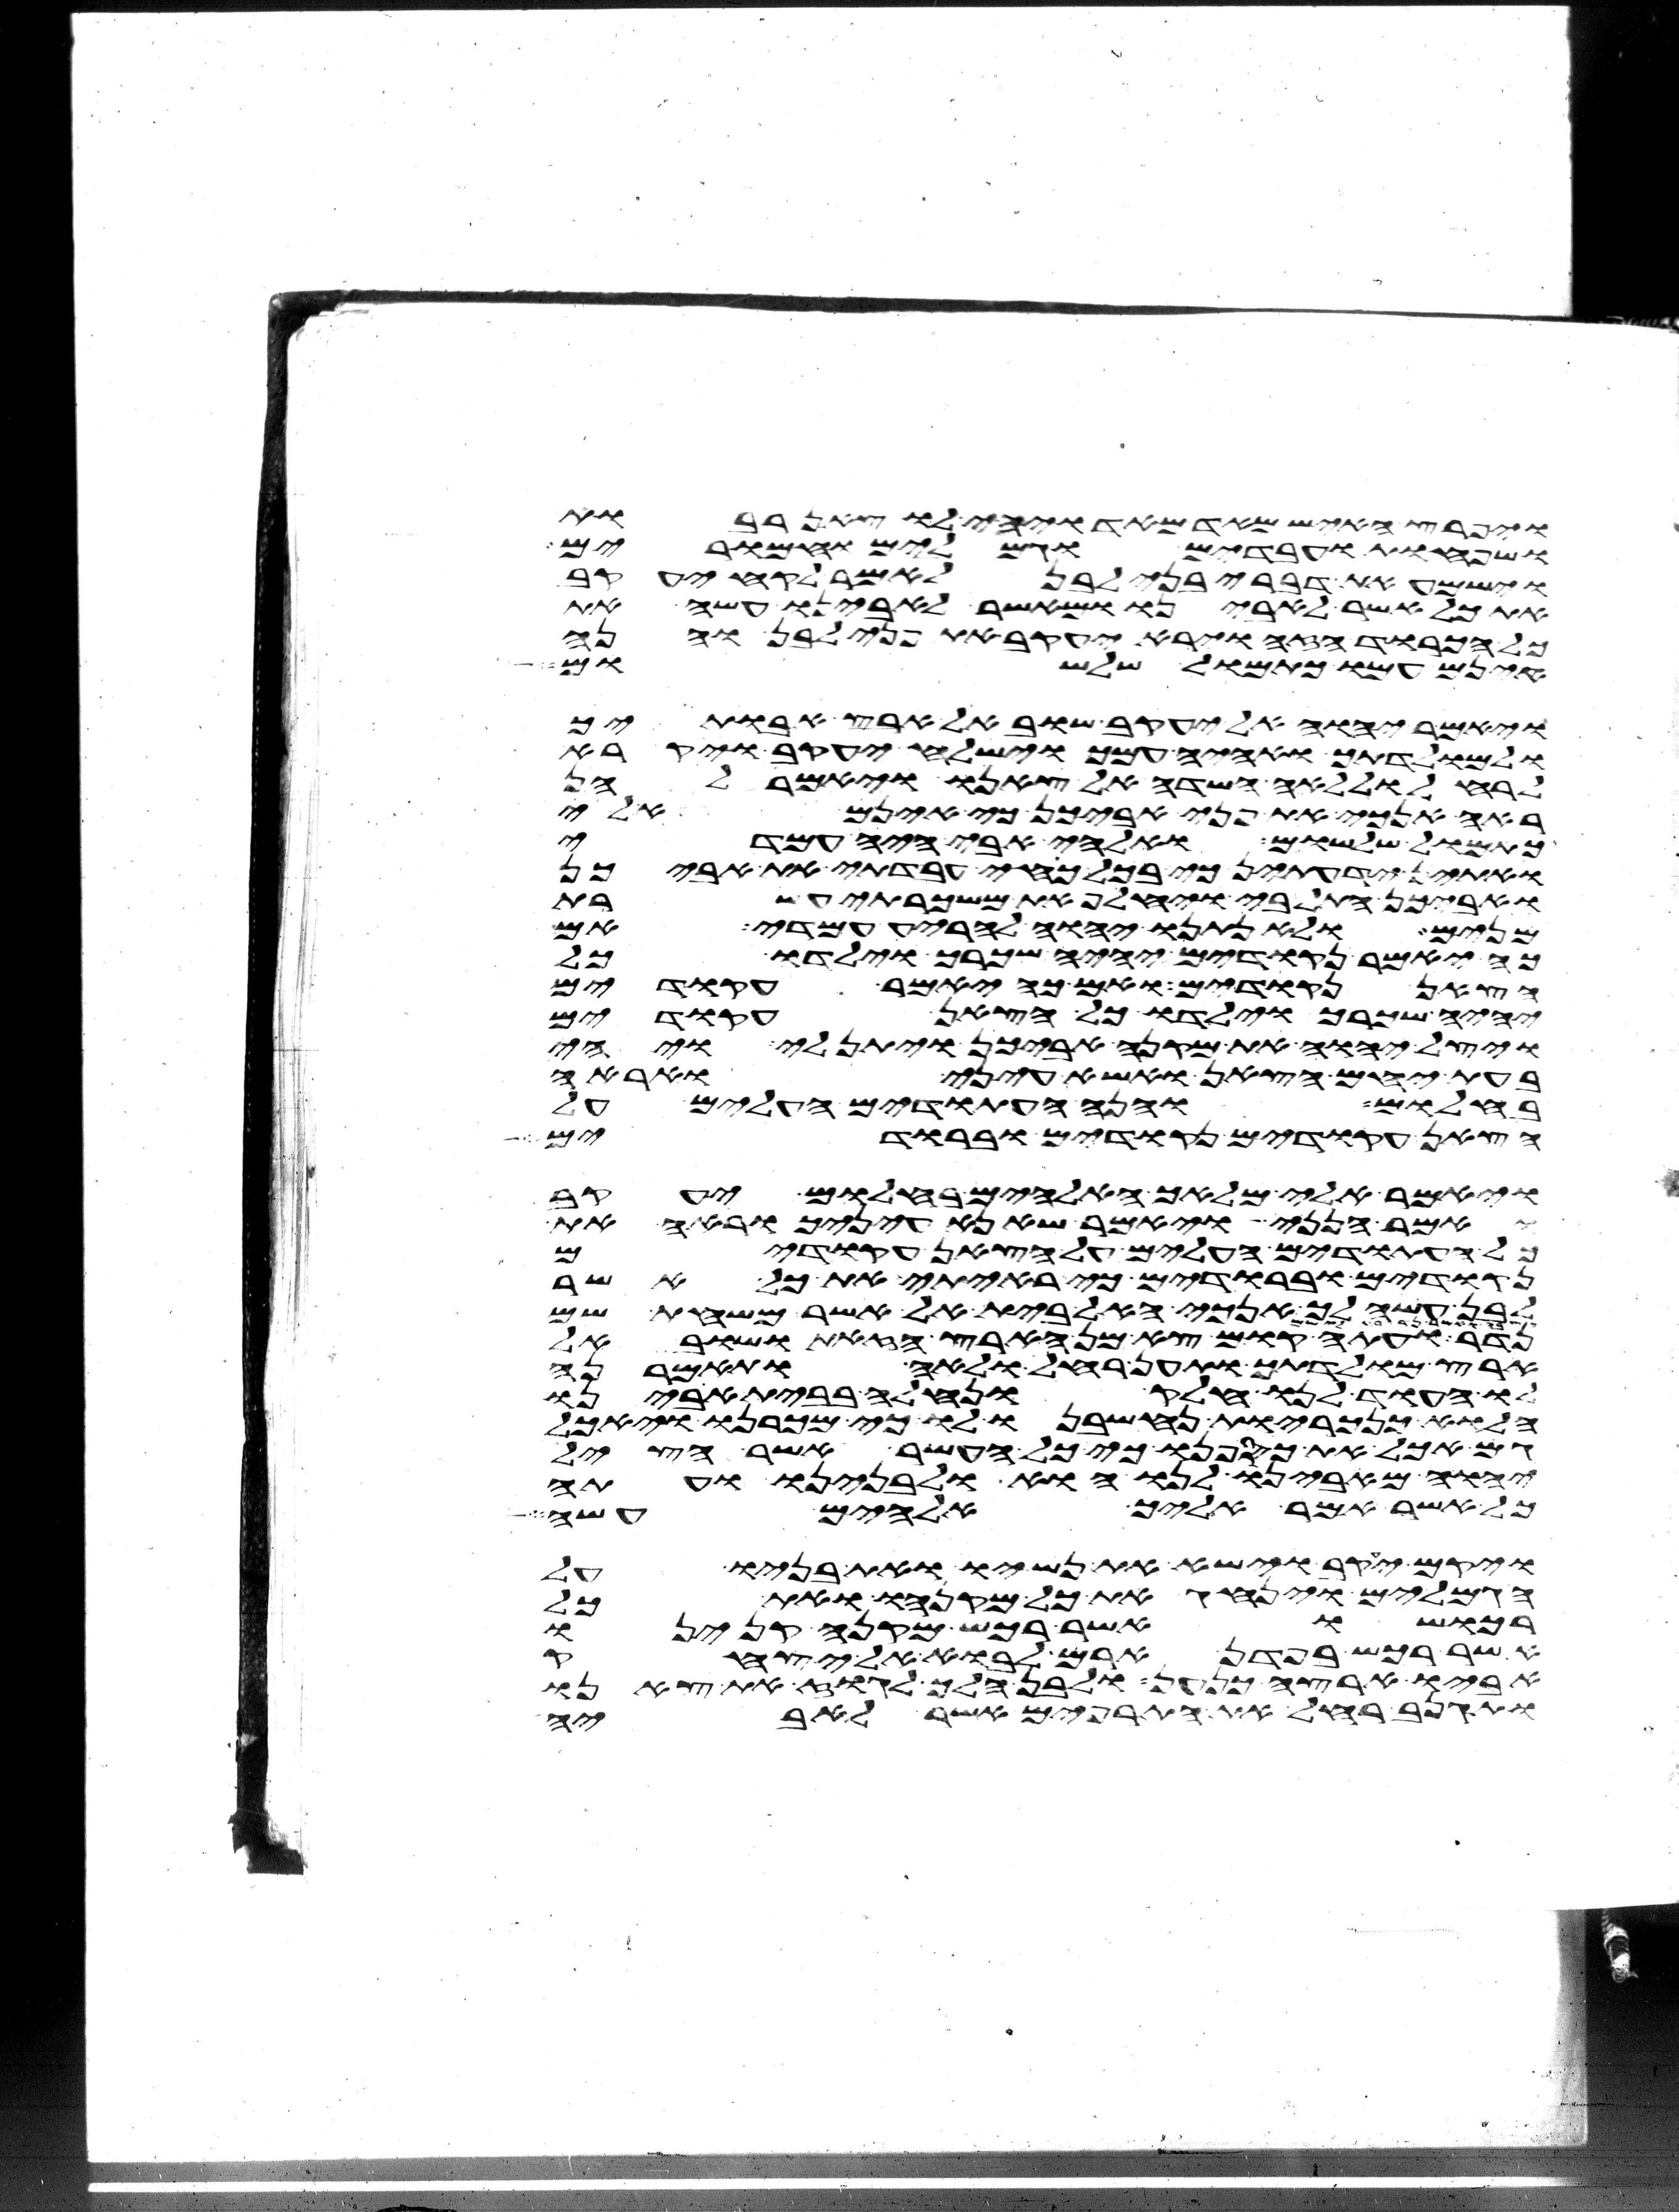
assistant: ויפרץ האיש מאד מאד ויהי לו צאן רבות
ושפחות עבדים וגמלים וחמרים
וישמע את דברי בני לבן לאמר לקח יעקב
את כל אשר לאבינו ומאשר לאבינו עשה את
כל הכבוד הזה וירא יעקב את פני לבן והנה
אינם עמו כתמול שלשום
ויאמר יהוה אל יעקב שוב אל ארץ אבתיך
ואל מולדתך ואהיה עמך וישלח יעקב ויקרא
לרחל וללאה השדה אל צאנו ויאמר להן
ראה אנכי את פני אביכן כי אינם אלי
כתמול שלשום ואלהי אבי היה עמדי
ואתין ידעתן כי בכל כחי עבדתי את אביכן
ואביכן התל בי ויחלף את משכרתי עשרת
מנים ולא נתנו יהוה להריע עמדי אם
כה יאמר נקודים יהיה שכרך וילדו כל
הצאן נקודים ואם כה יאמר עקודים
יהיה שכרך וילדו כל הצאן עקודים
ויצל יהוה את מקנה אביכן ויתן לי ויהי
בעת יחם הצאן ואשא עיני ואראה
בחלום והנה העתודים העלים על
הצאן עקודים נקודים וברודים
ויאמר אלי מלאך האלהים בחלום יעקב
ואמר הנני ויאמר שא נא עיניך וראה את
כל העתודים העלים על הצאן עקודים
נקודים וברודים כי ראיתי את כל אשר
לבן עשה לך אנכי האל בית אל אשר משחת שם
נדר ועתה קום צא מן הארץ הזאת ושוב אל
ארץ מולדתך ותען רחל ולאה ותאמרנה
לו העוד לנו חלק ונחלה בבית אבינו
הלוא כנכריות נחשבנו לו כי מכרנו ויאכל
גם אכל את כספנו כי כל העשר אשר הציל
יהוה מאבינו לנו הוא ולבנינו ועתה
כל אשר אמר אליך אלהים עשה
ויקם יעקב וישא את נשיו ואת בניו על
הגמלים וינהג את כל מקנהו ואת כל
רכושו אשר רכש מקנה קנינו
אשר רכש בפדן ארם לבוא אל יצחק
אביו ארצה כנען ולבן הלך לגוז את צאנו
ותגנב רחל את התרפים אשר לאביה